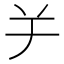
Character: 𦍍